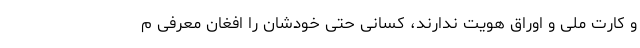
و کارت ملی و اوراق هویت ندارند، کسانی حتی خودشان را افغان معرفی م